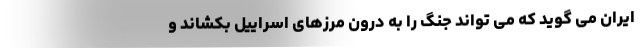
ایران می گوید که می تواند جنگ را به درون مرزهای اسراییل بکشاند و